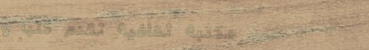
مكتبة ثقافية تقدم كتبًا و